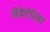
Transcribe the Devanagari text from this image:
सेक्रेटेरियट